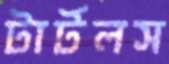
টার্টলস